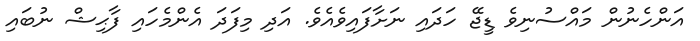
އަންހެނުން މައްސުނިވެ ޑީޖޭ ހަދައި ނަށާފައިވެއެވެ. އަދި މިފަދަ އެންމެހައި ފާޙިޝް ނުބައި